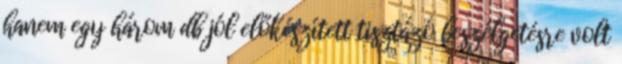
hanem egy három db jól előkészített tisztázó beszélgetésre volt